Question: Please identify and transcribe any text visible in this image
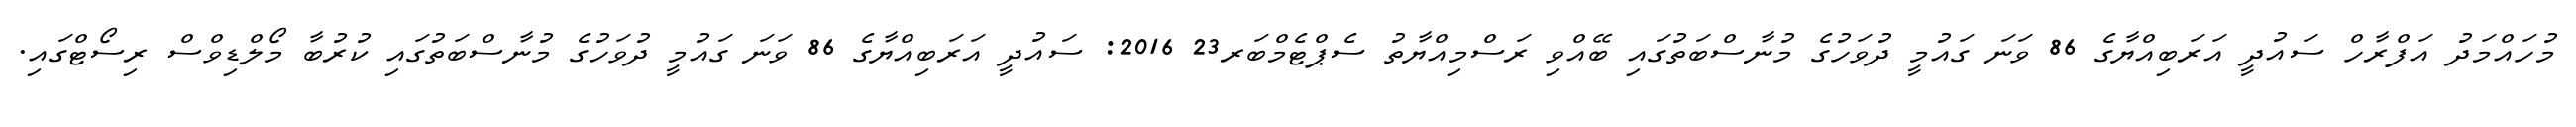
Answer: މުހައްމަދު އަފްރާހް ސައުދީ އަރަބިއްޔާގެ 86 ވަނަ ގައުމީ ދުވަހުގެ މުނާސްބަތުގައި ބޭއްވި ރަސްމިއްޔާތު ސެޕްޓެމްބަރ23 2016: ސައުދީ އަރަބިއްޔާގެ 86 ވަނަ ގައުމީ ދުވަހުގެ މުނާސްބަތުގައި ކުރުބާ މޯލްޑިވްސް ރިސޯޓްގައި.